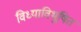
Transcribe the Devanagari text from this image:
विध्याविभूषित